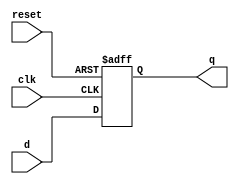
`timescale 1ns / 1ps

module FLOPR #(parameter WIDTH=8)
(
    input clk, reset,
    input [WIDTH-1:0] d,
    output reg [WIDTH-1:0] q
);
   
    always @(posedge clk or posedge reset)
        if(reset) q <= 0;
        else q <= d;
endmodule